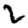
Digit: 2